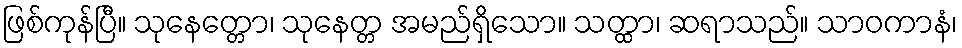
ဖြစ်ကုန်ပြီ။ သုနေတ္တော၊ သုနေတ္တ အမည်ရှိသော။ သတ္ထာ၊ ဆရာသည်။ သာဝကာနံ၊